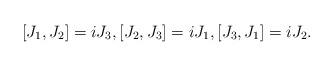
\begin{align*}[J_1,J_2]=i J_3,[J_2,J_3]=i J_1,[J_3,J_1]=iJ_2.\end{align*}